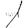
Digit: 1